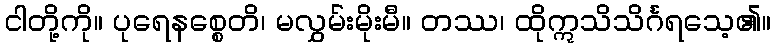
ငါတို့ကို။ ပုရေနစ္စေတိ၊ မလွှမ်းမိုးမီ။ တဿ၊ ထိုဣသိသိင်္ဂရသေ့၏။